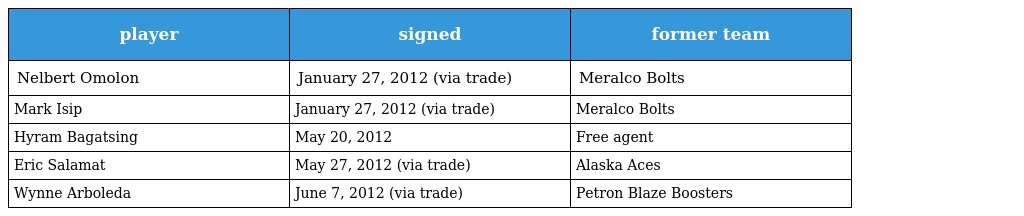
| player | signed | former team |
 | --- | --- | --- |
 | Nelbert Omolon | January 27, 2012 (via trade) | Meralco Bolts |
 | Mark Isip | January 27, 2012 (via trade) | Meralco Bolts |
 | Hyram Bagatsing | May 20, 2012 | Free agent |
 | Eric Salamat | May 27, 2012 (via trade) | Alaska Aces |
 | Wynne Arboleda | June 7, 2012 (via trade) | Petron Blaze Boosters |